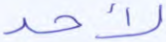
لأحد